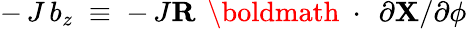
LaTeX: -\, J\, b_{z}\; \equiv\; -\, J{\mathbf R}\, \mathrm{~\boldmath~\cdot~}\, \partial{\mathbf X}/\partial\phi